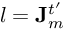
l = \mathbf { J } _ { m } ^ { t ^ { \prime } }